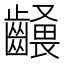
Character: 𪙢